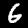
Digit: 6